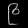
Digit: ၉